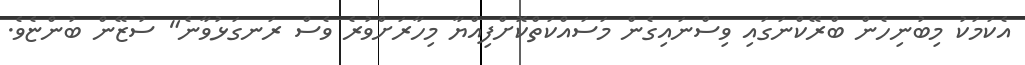
އެކަމަކު މިބުނިހެން ބްރޭކްނަގައި ވިސްނައިގެން މަސައްކަތްކޮށްފިއްޔާ މިހާރަށްވުރެ ވެސް ރަނގަޅުވާނެ" ސުޒޭން ބުންޏެވެ.